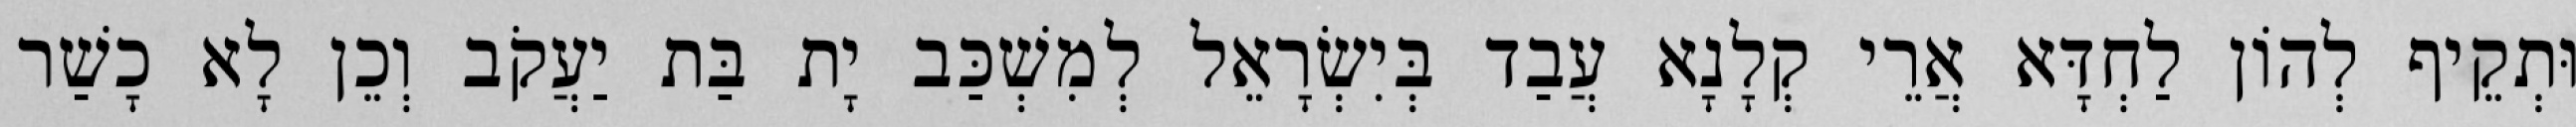
וּתְקֵיף לְהוֹן לַחְדָּא אֲרֵי קְלָנָא עֲבַד בְּיִשְׂרָאֵל לְמִשְׁכַּב יָת בַּת יַעֲקֹב וְכֵן לָא כָשַׁר